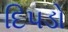
દિપડો